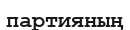
партияның